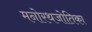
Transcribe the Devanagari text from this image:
मनोरथजोतिका